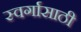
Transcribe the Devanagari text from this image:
स्वर्गासाठी